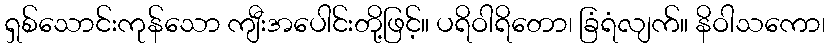
ရှစ်သောင်းကုန်သော ကျီးအပေါင်းတို့ဖြင့်။ ပရိဝါရိတော၊ ခြံရံလျက်။ နိဝါသကော၊